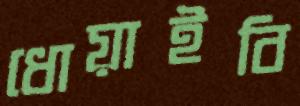
ধোয়াইবি